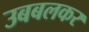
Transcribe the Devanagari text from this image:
उबबलकर